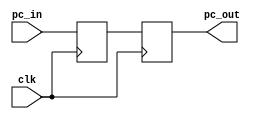
module registro_PCMEM (clk, pc_in, pc_out);

input wire clk;
input wire [31:0] pc_in;
reg [31:0]pc;
output reg [31:0] pc_out;

initial begin
    pc <= 0;
    pc_out <= 0;
end

always @(posedge clk) // lee en el posedge
begin
    pc<=pc_in;
end
always @(negedge clk) // escritura en el negedge
begin
	pc_out<=pc;
end

endmodule